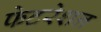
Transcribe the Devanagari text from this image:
फेटरेशन